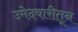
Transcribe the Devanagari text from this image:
उमेदवारीतून